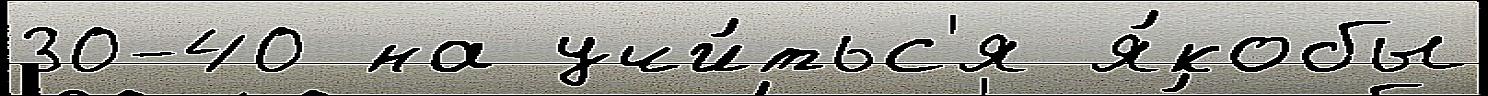
30-40 на учи́тьс'я я́кобы